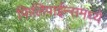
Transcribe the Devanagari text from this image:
फिलिपाईन्समध्ये